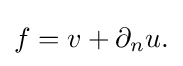
\displaystyle {f=v+\partial _{n}u.}